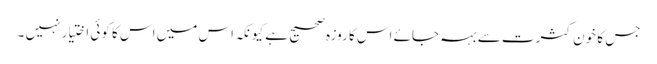
جس کا خون کثرت سے بہہ جائے اس کا روزہ صحیح ہے کیونکہ اس میں اس کا کوئی اختیار نہیں ۔